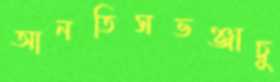
আনতিসভঞ্জাচু